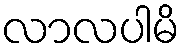
လာလပါမိ